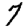
Digit: 7